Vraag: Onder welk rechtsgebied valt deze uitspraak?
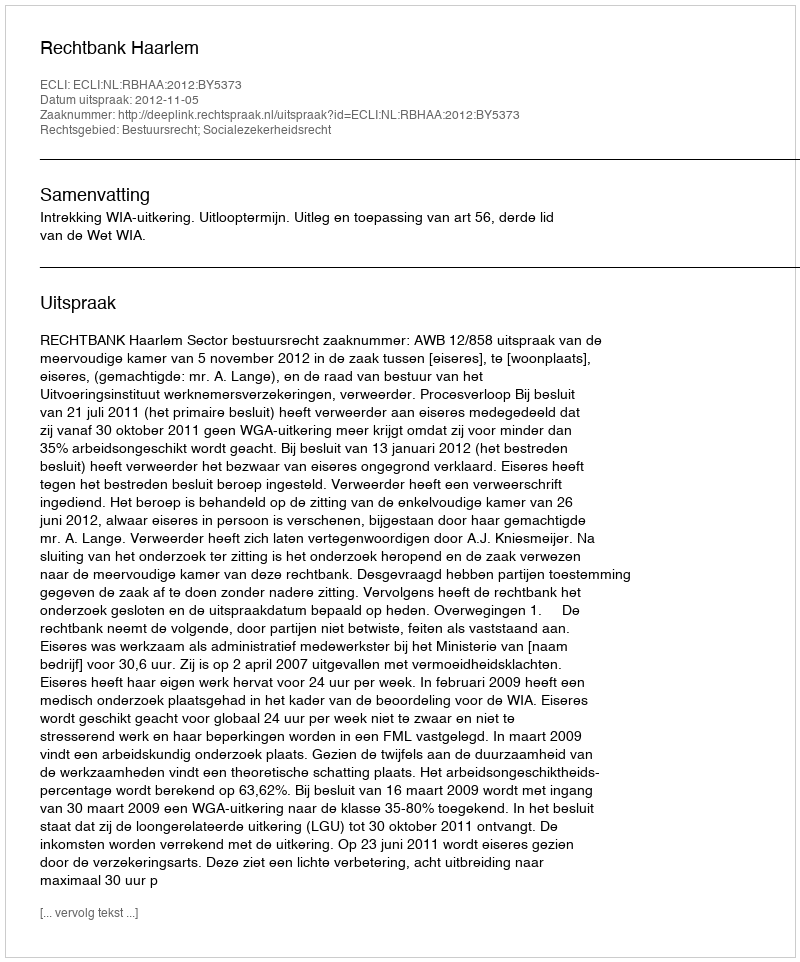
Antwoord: Bestuursrecht; Socialezekerheidsrecht